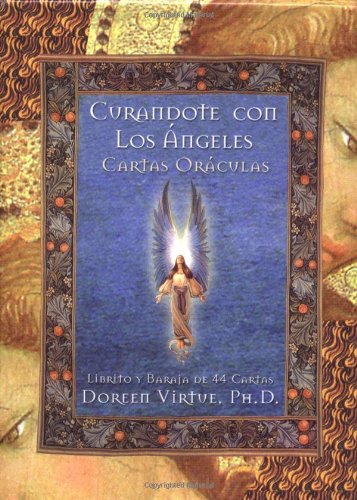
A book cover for Curandote Con Los Angeles Cartas Oraculas (Spanish Edition); Doreen Virtue; Religion & Spirituality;